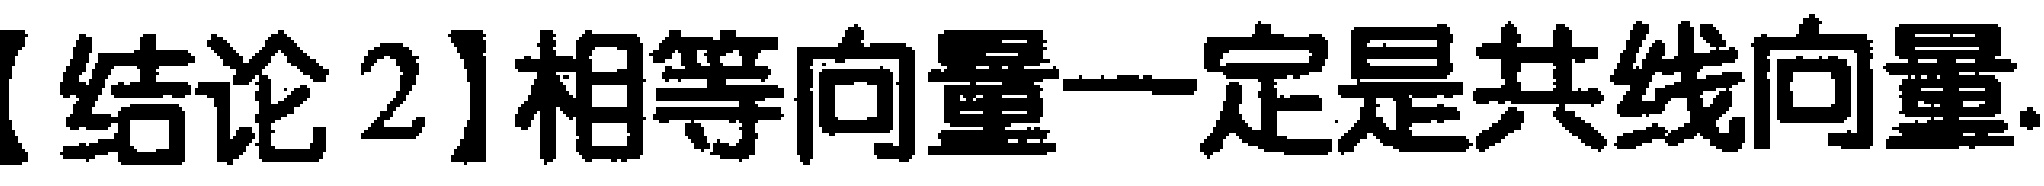
【结论 2】相等向量一定是共线向量.